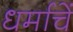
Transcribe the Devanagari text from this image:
धर्माचें